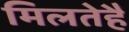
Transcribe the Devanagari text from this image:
मिलतेहैं